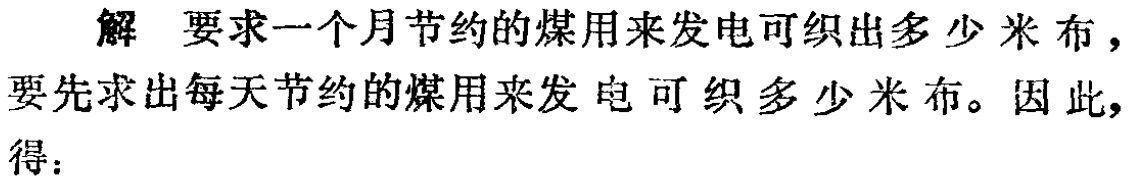
解 要求一个月节约的煤用来发电可织出多少米布，要先求出每天节约的煤用来发电可织多少米布。因此，得：